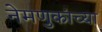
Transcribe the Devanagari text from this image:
नेमणुकांच्या